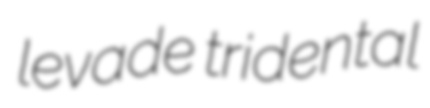
levade tridental